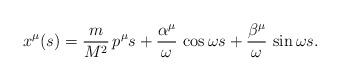
LaTeX: \begin{align*}x^{\mu}( s)=\frac{m}{M^2}\,p^{\mu} s+\frac{\alpha^{\mu}} {\omega}\,\cos\omega s+\frac{\beta^{\mu}}{\omega}\,\sin \omega s. \end{align*}